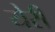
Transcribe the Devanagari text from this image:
येरी